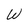
Character: W